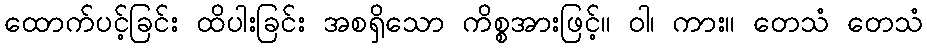
ထောက်ပင့်ခြင်း ထိပါးခြင်း အစရှိသော ကိစ္စအားဖြင့်။ ဝါ၊ ကား။ တေသံ တေသံ